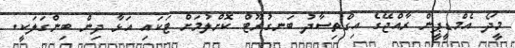
މީދޯ އެމްޑީޕީން ރާއްޖޭގެ އިގްތިސާދު ބަނގުރޫޓް ކޮށްލުމަށް ޓަކައި އަޅާ ދިން ބިންގަލަކީ.